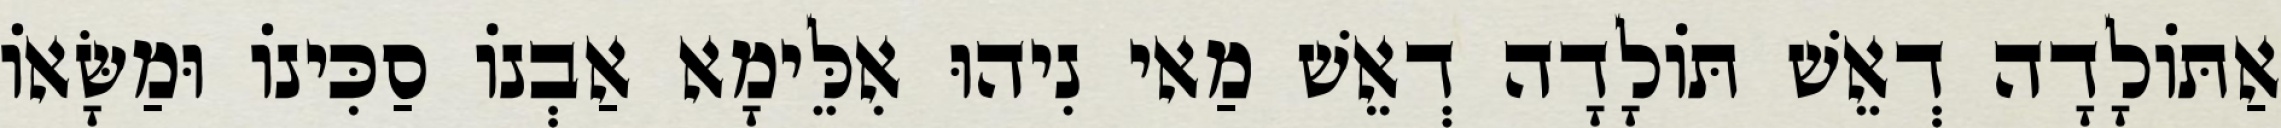
אַתּוֹלָדָה דְאֵשׁ תּוֹלָדָה דְאֵשׁ מַאי נִיהוּ אִלֵּימָא אַבְנוֹ סַכִּינוֹ וּמַשָּׂאוֹ